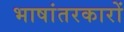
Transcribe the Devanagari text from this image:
भाषांतरकारों